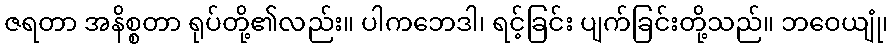
ဇရတာ အနိစ္စတာ ရုပ်တို့၏လည်း။ ပါကဘေဒါ၊ ရင့်ခြင်း ပျက်ခြင်းတို့သည်။ ဘဝေယျုံ၊